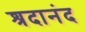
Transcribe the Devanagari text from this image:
श्रदानंद